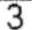
3